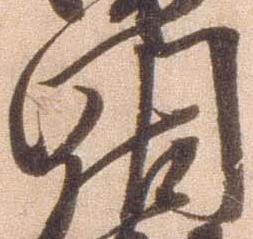
門